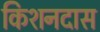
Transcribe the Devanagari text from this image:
किशनदास